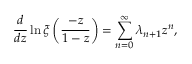
{ \frac { d } { d z } } \ln \xi \left( { \frac { - z } { 1 - z } } \right) = \sum _ { n = 0 } ^ { \infty } \lambda _ { n + 1 } z ^ { n } ,